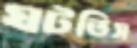
ঘটতিস